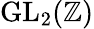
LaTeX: \operatorname{GL_{2}}(\mathbb{Z})